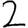
Digit: 2